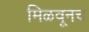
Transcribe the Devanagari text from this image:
मिळवूनच